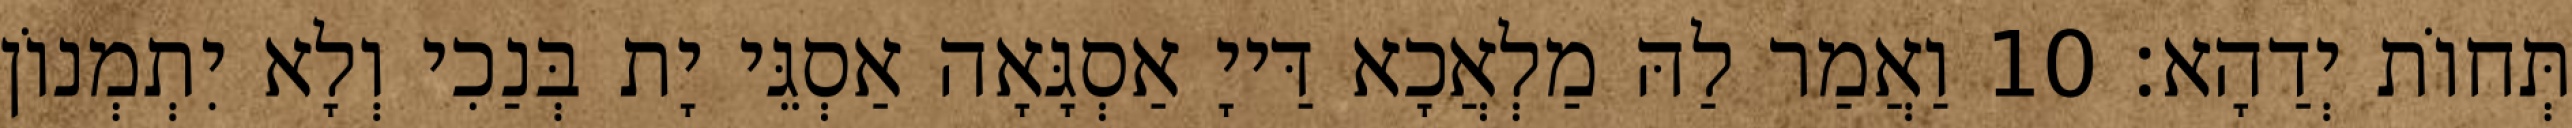
תְּחוֹת יְדַהָא׃ 10 וַאֲמַר לַהּ מַלְאֲכָא דַּייָ אַסְגָּאָה אַסְגֵּי יָת בְּנַכִי וְלָא יִתְמְנוֹן